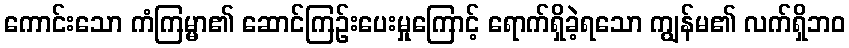
ကောင်းသော ကံကြမ္မာ၏ ဆောင်ကြဉ်းပေးမှုကြောင့် ရောက်ရှိခဲ့ရသော ကျွန်မ၏ လက်ရှိဘဝ